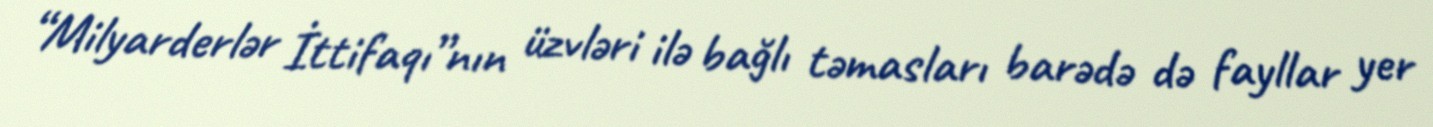
“Milyarderlər İttifaqı”nın üzvləri ilə bağlı təmasları barədə də fayllar yer